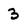
Character: 3